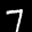
Label: 7